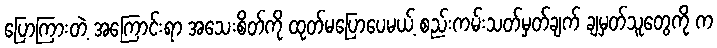
ပြောကြားတဲ့ အကြောင်းရာ အသေးစိတ်ကို ထုတ်မပြောပေမယ့် စည်းကမ်းသတ်မှတ်ချက် ချမှတ်သူတွေကို က